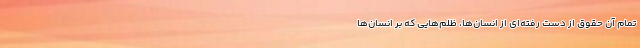
تمام آن حقوق از دست رفته‌ای از انسان‌ها،‌ ظلم‌هایی که بر انسان‌ها